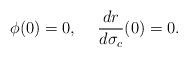
LaTeX: \begin{align*}\phi(0)=0,\hspace*{5mm}\frac{dr}{d\sigma_c}(0)=0.\end{align*}